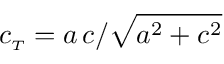
c _ { \scriptscriptstyle T } = a \, c / \sqrt { a ^ { 2 } + c ^ { 2 } }